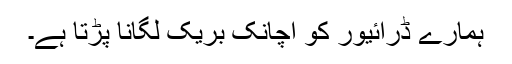
ہمارے ڈرائیور کو اچانک بریک لگانا پڑتا ہے۔